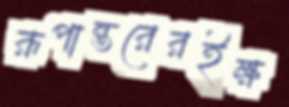
রূপান্তরেরইক্ষ